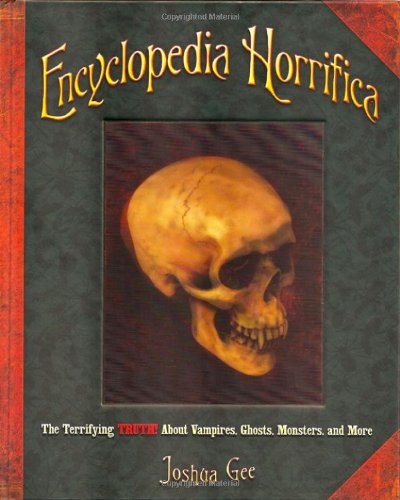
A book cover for Encyclopedia Horrifica: The Terrifying TRUTH! About Vampires, Ghosts, Monsters, and More; Joshua Gee; Reference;